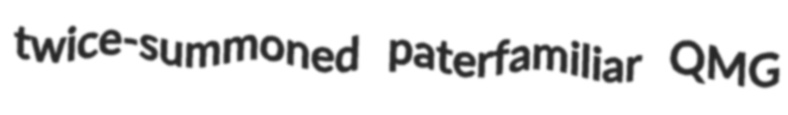
twice-summoned paterfamiliar QMG